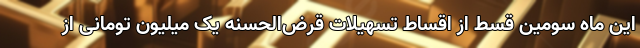
این ماه سومین قسط از اقساط تسهیلات قرض‌الحسنه یک میلیون تومانی از